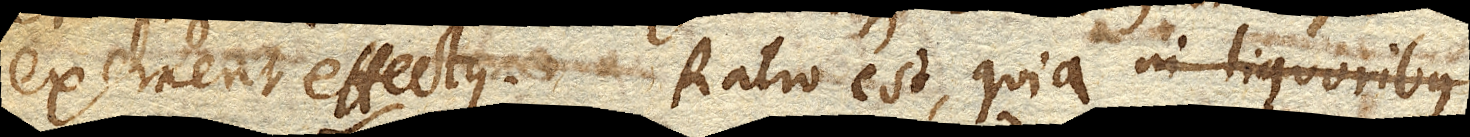
exercent effectus. Ratio est, quia in liquoribus